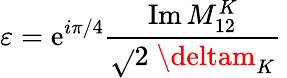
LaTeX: \varepsilon=\mathrm{e}^{i\pi/4}\frac{{\mathrm{{Im}}\, M_{12}^{K}}}{{\sqrt{}{2}\; \deltam_{K}}}\,